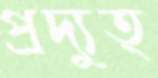
প্রদ্যুত্